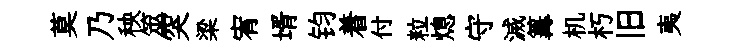
莫乃秧筮突梁宥壻钧着付粒熄守滅篝机朽旧夷